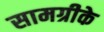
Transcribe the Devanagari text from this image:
सामग्रीके